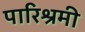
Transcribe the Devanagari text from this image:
पारिश्रमी